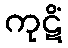
ကုဋိံ